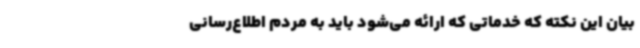
بیان این ‌نکته که خدماتی که ارائه می‌شود باید به مردم اطلاع‌رسانی